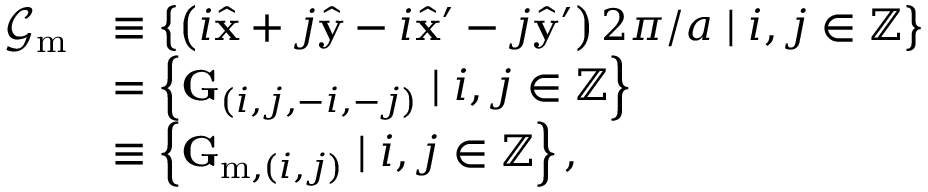
\begin{array} { r l } { \mathcal { G } _ { \mathrm { m } } } & { \equiv \left\{ \left( { i } \hat { \mathbf { x } } + { j } \hat { \mathbf { y } } - { i } \hat { \mathbf { x } } ^ { \prime } - { j } \hat { \mathbf { y } } ^ { \prime } \right) 2 \pi / a \mid { i } , { j } \in \mathbb { Z } \right\} } \\ & { = \left\{ \mathbf { G } _ { ( i , j , - i , - j ) } \mid i , j \in \mathbb { Z } \right\} } \\ & { \equiv \left\{ \mathbf { G } _ { \mathrm { m } , ( i , j ) } \mid i , j \in \mathbb { Z } \right\} , } \end{array}